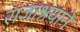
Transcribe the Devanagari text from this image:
राजाश्रयाने